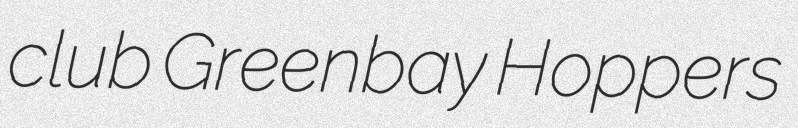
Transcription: club Greenbay Hoppers